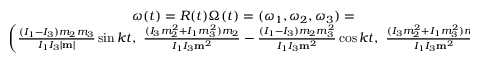
\begin{array} { r } { { \boldsymbol \omega } ( t ) = R ( t ) { \boldsymbol \Omega } ( t ) = ( \omega _ { 1 } , \omega _ { 2 } , \omega _ { 3 } ) = \qquad \qquad \qquad \qquad \qquad \qquad \qquad \qquad \qquad \qquad } \\ { \left( \frac { ( I _ { 1 } - I _ { 3 } ) m _ { 2 } m _ { 3 } } { I _ { 1 } I _ { 3 } | { \bf m } | } \sin k t , ~ \frac { ( I _ { 3 } m _ { 2 } ^ { 2 } + I _ { 1 } m _ { 3 } ^ { 2 } ) m _ { 2 } } { I _ { 1 } I _ { 3 } { \bf m } ^ { 2 } } - \frac { ( I _ { 1 } - I _ { 3 } ) m _ { 2 } m _ { 3 } ^ { 2 } } { I _ { 1 } I _ { 3 } { \bf m } ^ { 2 } } \cos k t , ~ \frac { ( I _ { 3 } m _ { 2 } ^ { 2 } + I _ { 1 } m _ { 3 } ^ { 2 } ) m _ { 3 } } { I _ { 1 } I _ { 3 } { \bf m } ^ { 2 } } + \frac { ( I _ { 1 } - I _ { 3 } ) m _ { 2 } ^ { 2 } m _ { 3 } } { I _ { 1 } I _ { 3 } { \bf m } ^ { 2 } } \cos k t \right) } \end{array}